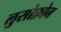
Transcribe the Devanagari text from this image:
लुसोफ़ोन